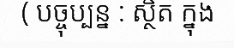
( បច្ចុប្បន្ន : ស្ថិត ក្នុង